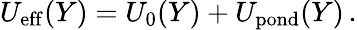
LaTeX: \begin{array}{r}{U_{\mathrm{eff}}(Y)=U_{0}(Y)+U_{\mathrm{pond}}(Y)\, .}\end{array}